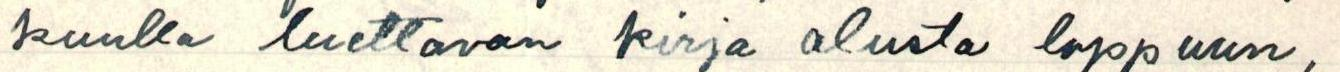
kuulla luettavan kirja alusta loppuun,